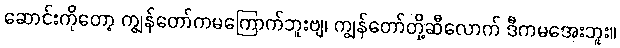
ဆောင်းကိုတော့ ကျွန်တော်ကမကြောက်ဘူးဗျ၊ ကျွန်တော်တို့ဆီလောက် ဒီကမအေးဘူး။